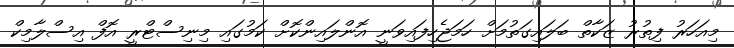
މިއަހަރު ފިތުރު ޒަކާތް ބަލައިގަތުމަށް ހަމަޖެހިފައިވަނީ އޮންލައިންކޮށް ކަމުގައި މިނިސްޓްރީ އޮފް އިސްލާމިކް